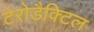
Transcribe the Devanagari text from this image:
टेरोडैक्टिल